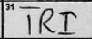
Transcription: TRI